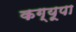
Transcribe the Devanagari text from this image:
कग्‍यूपा